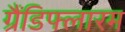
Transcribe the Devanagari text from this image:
ग्रैंडिफ्लारम